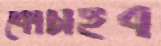
কোঁচাইব